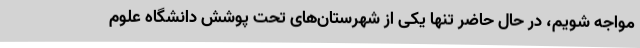
مواجه شویم، در حال حاضر تنها یکی از شهرستان‌های تحت پوشش دانشگاه علوم